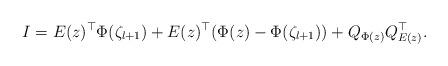
LaTeX: \begin{align*}I = E(z)^\top \Phi(\zeta_{l+1}) + E(z)^\top (\Phi(z) - \Phi(\zeta_{l+1})) + Q_{\Phi(z)} Q_{E(z)}^\top.\end{align*}